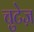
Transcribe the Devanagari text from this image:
चुटेज़